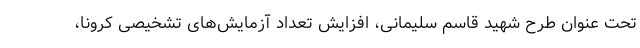
تحت عنوان طرح شهید قاسم سلیمانی، افزایش تعداد آزمایش‌های تشخیصی کرونا،